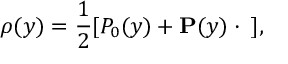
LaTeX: \rho ( y ) = { \frac { 1 } { 2 } } [ P _ { 0 } ( y ) + { \bf P } ( y ) \cdot { \bf \sigma } ] ,